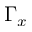
\Gamma _ { x }